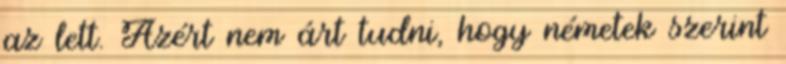
az lett. Azért nem árt tudni, hogy németek szerint